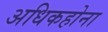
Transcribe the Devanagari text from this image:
अधिकहोना